Vaccination in Bombay 1902-1912 - 1902-1912
Year: 1902
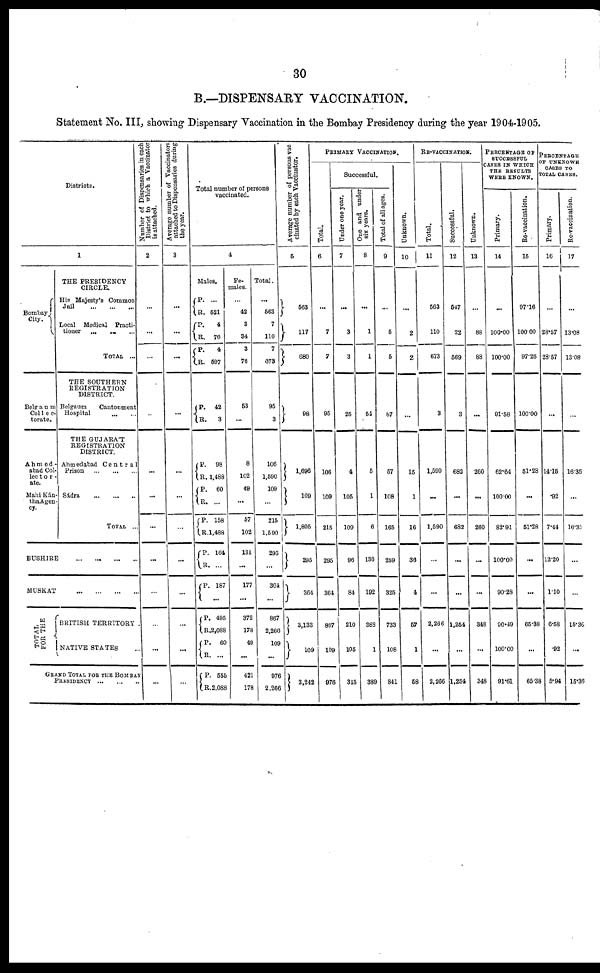
30
B.—DISPENSARY VACCINATION.
Statement No. III, showing Dispensary Vaccination in the Bombay Presidency during the year 1904-1905.
Districts.
1
Bombay
City.
Belgaum
Col1ec-
torate.
Ahmed -
abad Col-
lector-
ate.
Mahi Kán
tha Agen
cy.
THE PRESIDENCY
CIRCLE.
His Majesty's Common
Jail
...
...
...
Local Medical Practi-
tioner ... ... ...
TOTAL ...
THE SOUTHERN
REGISTRATION
DISTRICT.
Belgaum
Cantonment
Hospital
...
...
THE GUJARÁT
REGISTRATION
DISTRICT.
Ahmedabad
Central
Prison
...
...
...
Sádra
...
...
...
TOTAL ...
BUSHIRE
...
...
...
...
MUSKAT
...
...
...
...
TOTAL
FOR THE
BRITISH TERRITORY.
NATIVE STATES ...
GRAND TOTAL FOR THE BOMBAY
PRESIDENCY ... ... ...
Number of Dispensaries in each
District to which a Vaccinator
is attached.
2
...
...
...
...
...
...
...
...
...
...
...
...
Average number of Vaccinators
attached to Dispensaries during
the year.
3
...
...
...
...
...
...
...
...
...
...
...
...
Total number of persons
vaccinated.
4
Males.
P.
R.
P. R.
P.
R.
...
521
4
76
4
597
R. R.
42
3
P. R.
P. R.
P.
R.
P.
R.
P.
R.
P.
R.
P.
R.
P.
R.
98
1,488
60
...
158
1,488
164
...
187
...
495
2,088
60
...
555
2,088
Fe-
males.
...
42
3
34
3
76
53
...
8
102
49
...
57
102
131
...
177
...
372
178
49
...
421
178
Total.
...
563
7
110
7
373
95
3
106
1,590
109
...
215
1,590
295
...
364
...
867
2,266
109
...
976
2,266
Average number of persons vac
cinated by each Vaccinator.
5
563
117
680
98
1,696
109
1,805
295
364
3,133
109
3,242
PRIMARY VACCINATION.
Total.
6
...
7
7
95
106
109
215
295
364
887
109
976
Successful.
Under one year.
7
...
3
3
25
4
105
109
96
84
210
105
315
One and under
six years.
8
...
1
1
54
6
1
6
136
192
388
1
389
Total of all ages.
9
...
5
5
87
57
108
165
259
325
733
108
841
Unknown.
10
...
2
2
...
15
1
16
36
4
57
1
58
RE-VACCINATION.
Total.
11
563
110
673
3
1,590
...
1,590
...
...
2,266
...
2,266
Successful.
12
547
22
569
3
682
...
682
...
...
1,254
...
1,254
Unknown.
13
...
88
88
...
260
...
260
...
...
348
...
348
PERCENTAGE OF
SUCCESSFUL
CASES IN WHICH
THE RESULTS
WERE KNOWN.
Primary.
14
...
100.00
100.00
91.58
62.64
100.00
82.91
100.00
90.28
90.49
100.00
91.61
Re-vaccination.
15
97.16
100.00
97.26
100.00
51.28
...
51.28
...
...
65.38
...
65.38
PERCENTAGE
OF UNKNOWN
CASES TO
TOTAL CASES.
Primary.
16
...
28.57
28.57
...
14.16
.92
7.44
12.20
1.10
6.58
.92
5.94
Re-vaccination.
17
...
13.08
13.08
...
16.35
...
16.35
...
...
15.36
...
15.36